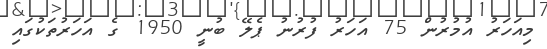
މިއަހަރު އުމުރުން 75 އަހަރު ފުރުނު ޕެލޭ ބުނީ 1950 ގެ އަހަރުތަކުގައި